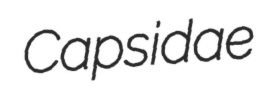
Capsidae